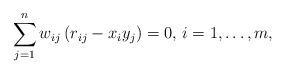
LaTeX: \begin{align*}\sum\limits_{j=1}^n w_{ij} \left( r_{ij}-x_{i}y_{j} \right)=0,\thinspace i=1,\mathellipsis ,m,\end{align*}